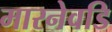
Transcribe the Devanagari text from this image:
मारनेवडि